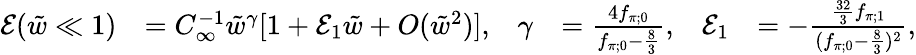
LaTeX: \begin{array}{rlrlrl}{\mathcal{E}(\tilde{w}\ll 1)}&{=C_{\infty}^{-1}\tilde{w}^{\gamma}[1+\mathcal{E}_{1}\tilde{w}+O(\tilde{w}^{2})],}&{\gamma}&{=\frac{4f_{\pi;0}}{f_{\pi;0}-\frac{8}{3}},}&{\mathcal{E}_{1}}&{=-\frac{\frac{32}{3}f_{\pi;1}}{(f_{\pi;0}-\frac{8}{3})^{2}},}\end{array}